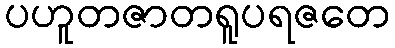
ပဟူတဇာတရူပရဇတေ